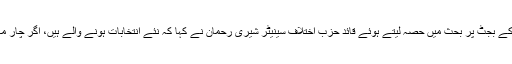
پیر کو ایوان بالا میں آئندہ مالی سال 2018-19ء کے بجٹ پر بحث میں حصہ لیتے ہوئے قائد حزب اختلاف سینیٹر شیری رحمان نے کہا کہ نئے انتخابات ہونے والے ہیں، اگر چار مہینے کا بجٹ دے دیا جاتا تو اس میں کیا حرج تھا۔